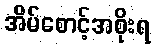
အိမ်စောင့်အစိုးရ